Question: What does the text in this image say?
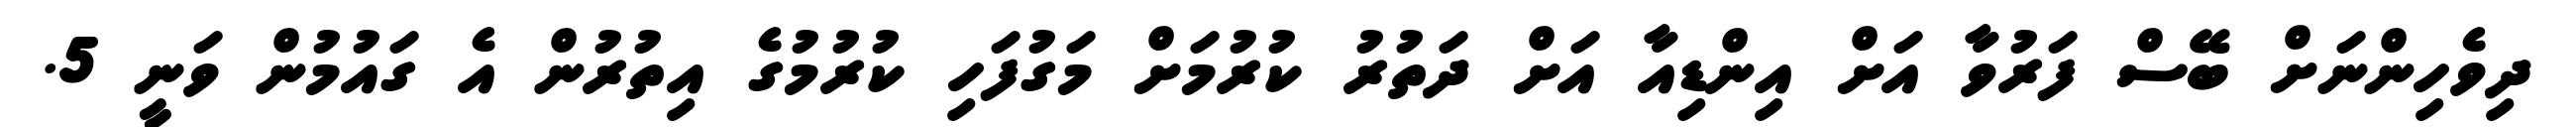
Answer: ދިވެހިންނަށް ބޭސް ފަރުވާ އަށް އިންޑިއާ އަށް ދަތުރު ކުރުމަށް މަގުފަހި ކުރުމުގެ އިތުރުން އެ ގައުމުން ވަނީ 5.